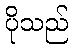
ပိုသည်